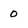
Character: 0